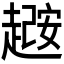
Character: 𫎼